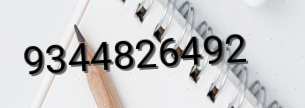
9344826492